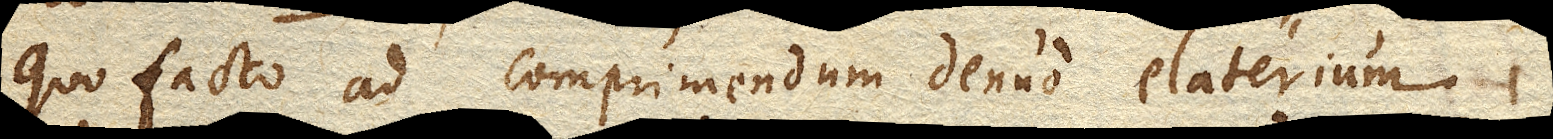
Quo facto ad comprimendum denuo elaterium